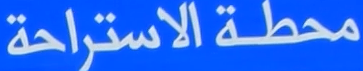
محطة الاستراحة